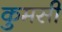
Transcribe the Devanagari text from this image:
कुमसी